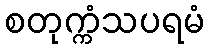
စတုက္ကံသပရမံ